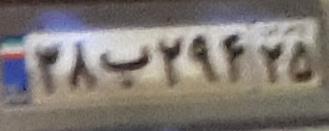
۳۸ب۲۹۴۲۵